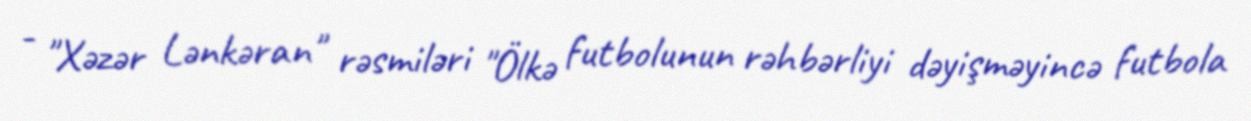
- "Xəzər Lənkəran" rəsmiləri "Ölkə futbolunun rəhbərliyi dəyişməyincə futbola